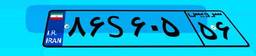
۸۶S۶۰۵۵۶